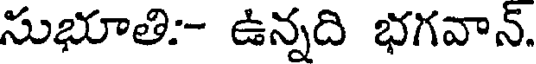
సుభూతి:- ఉన్నది భగవాన్.